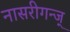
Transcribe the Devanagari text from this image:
नासरीगन्ज्